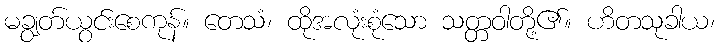
မချွတ်ယွင်းစေကုန်။ တေသံ၊ ထိုအလုံးစုံသော သတ္တဝါတို့၏။ ဟိတသုခါယ၊